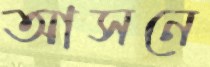
আসনে